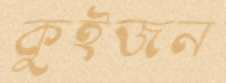
কুইজন